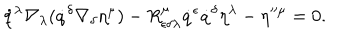
LaTeX: \dot { q } ^ { \lambda } \nabla _ { \lambda } ( \dot { q } ^ { \delta } \nabla _ { \delta } \eta ^ { \mu } ) - R _ { \epsilon \delta \lambda } ^ { \mu } \dot { q } ^ { \epsilon } \dot { q } ^ { \delta } \eta ^ { \lambda } - \eta ^ { \mu } = 0 .